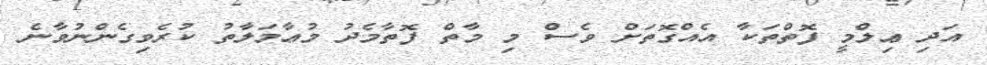
އަދި ޢިލްމީ ފޮތްތަކާ އެއްގޮތަށް ވެސް މި މާތް ފޮތާމެދު މުޢާމަލާތު ކުރެވިގެންނުވާނެ